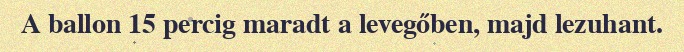
A ballon 15 percig maradt a levegőben, majd lezuhant.